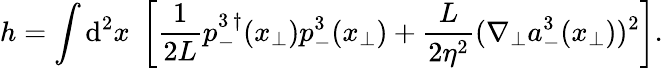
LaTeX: h=\int\mathrm{d}^{2}x\; \left[\frac{{1}}{{2L}}p_{-}^{3\, \dagger}({x}_{\bot})p_{-}^{3}({x}_{\bot})+\frac{{L}}{{2\eta^{2}}}(\nabla_{\bot}a_{-}^{3}({x}_{\bot}))^{2}\right].